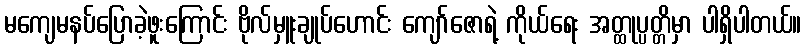
မကျေမနပ်ပြောခဲ့ဖူးကြောင်း ဗိုလ်မှူးချုပ်ဟောင်း ကျော်ဇောရဲ့ ကိုယ်ရေး အတ္ထုပ္ပတ္တိမှာ ပါရှိပါတယ်။